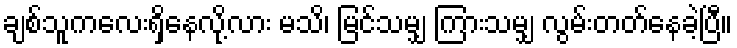
ချစ်သူကလေးရှိနေလို့လား မသိ၊ မြင်သမျှ ကြားသမျှ လွမ်းတတ်နေခဲ့ပြီ။